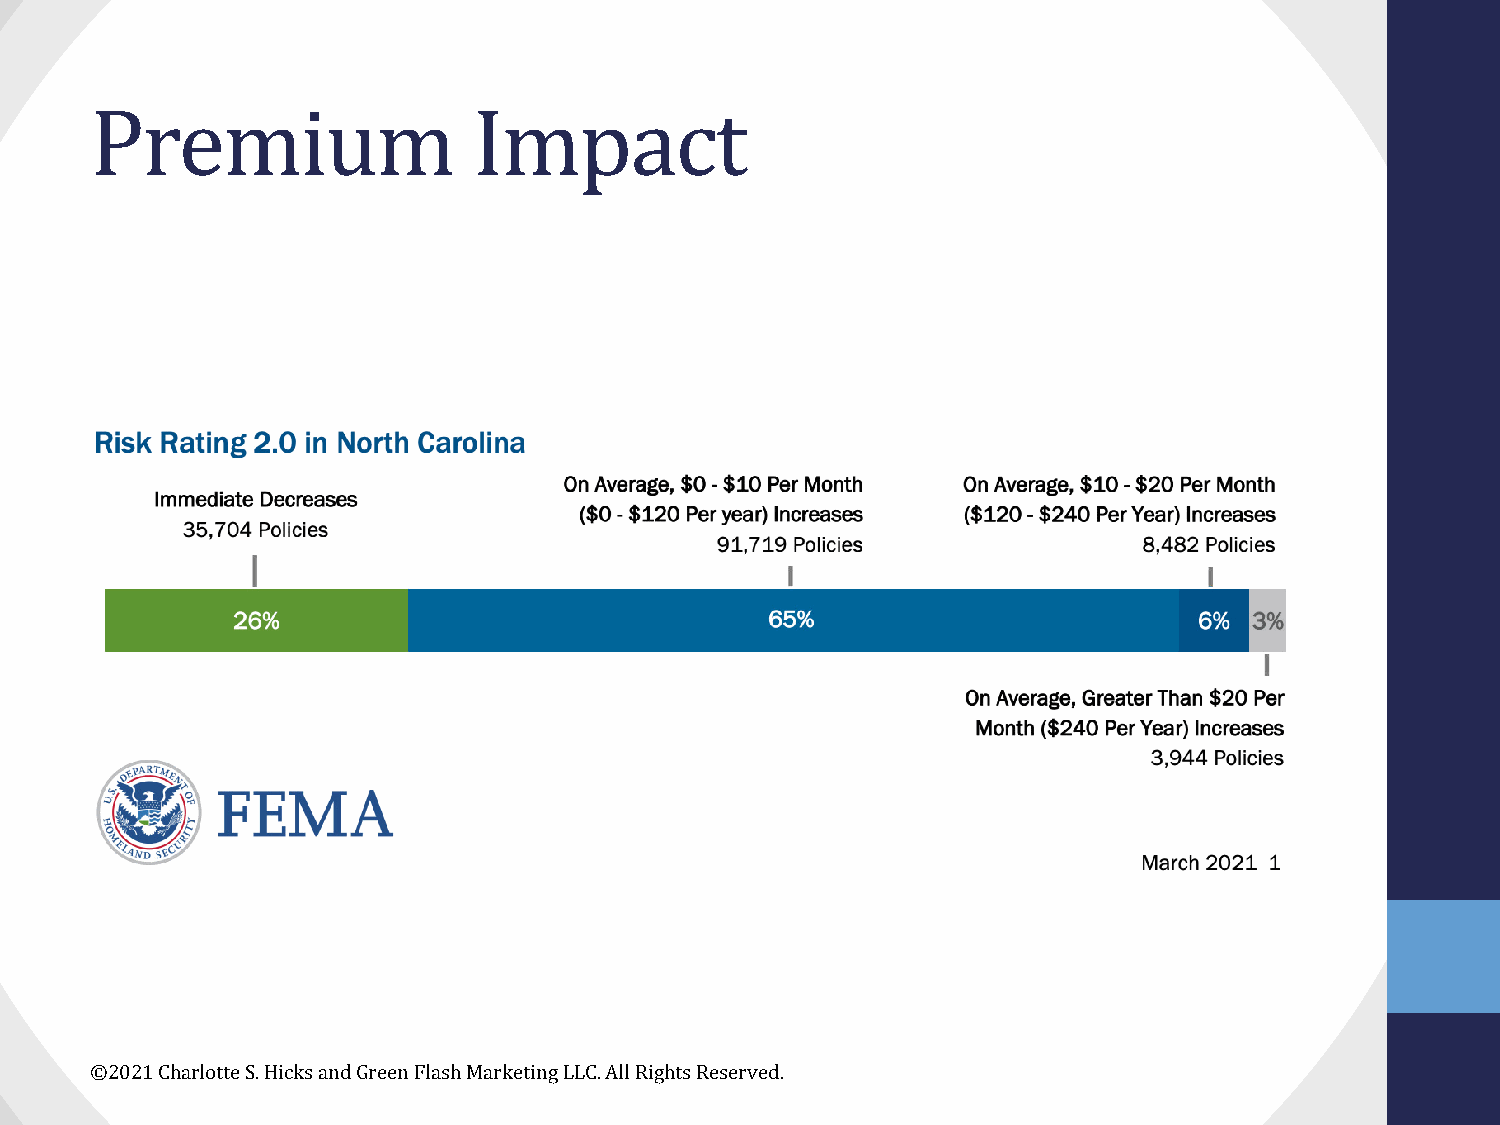
Premium                  Impact
 ©2021 Charlotte S. Hicks and Green Flash Marketing LLC. All Rights Reserved.